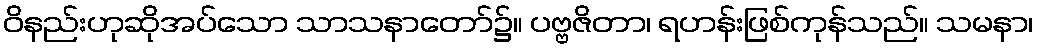
ဝိနည်းဟုဆိုအပ်သော သာသနာတော်၌။ ပဗ္ဗဇိတာ၊ ရဟန်းဖြစ်ကုန်သည်။ သမနာ၊